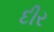
દીર